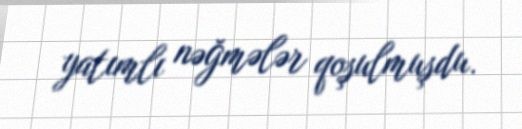
yatımlı nəğmələr qoşulmuşdu.